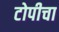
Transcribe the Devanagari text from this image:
टोपीचा